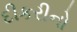
દીકરીનો